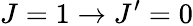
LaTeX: J=1\rightarrow J^{\prime}=0